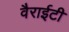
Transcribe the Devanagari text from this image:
वैराईटी